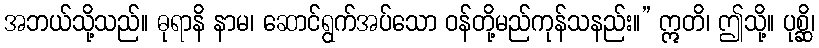
အဘယ်သို့သည်။ ဓုရာနိ နာမ၊ ဆောင်ရွက်အပ်သော ဝန်တို့မည်ကုန်သနည်း။” ဣတိ၊ ဤသို့။ ပုစ္ဆိ၊